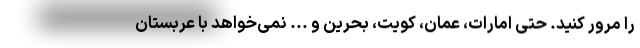
را مرور کنید. حتی امارات، عمان، کویت، بحرین و ... نمی‌خواهد با عربستان